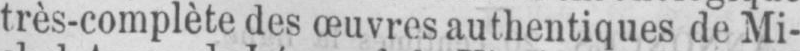
très-complète des œuvres authentiques de Mi-